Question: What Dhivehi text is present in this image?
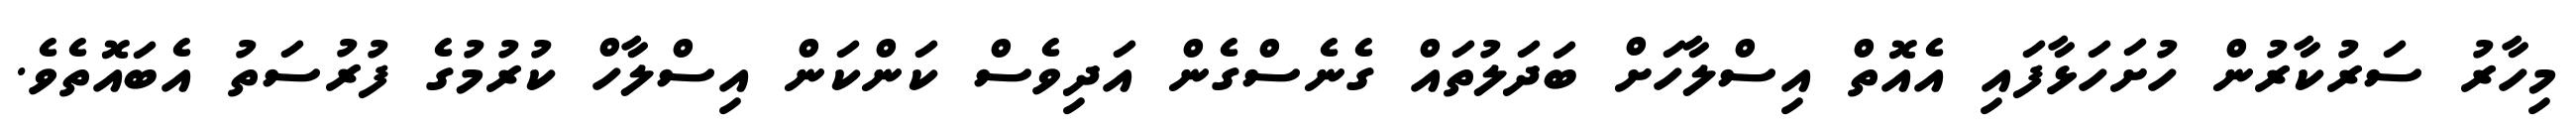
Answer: މިހާރު ސަރުކާރުން ހުށަހަޅާފައި އެއޮތް އިސްލާހަށް ބަދަލުތައް ގެނެސްގެން އަދިވެސް ކަންކަން އިސްލާހް ކުރުމުގެ ފުރުސަތު އެބައޮތެވެ.